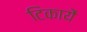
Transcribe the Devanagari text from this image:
टिकायें